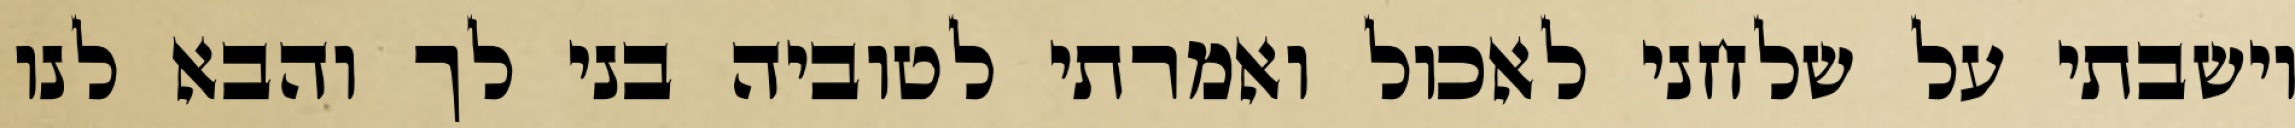
וישבתי על שלחני לאכול ואמרתי לטוביה בני לך והבא לנו